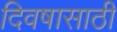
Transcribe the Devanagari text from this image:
दिवषासाठी